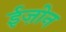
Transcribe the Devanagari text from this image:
ईज़ोन